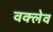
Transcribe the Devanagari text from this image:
वक्लेव